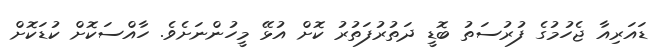
ޑައަރިއާ ޖެހުމުގެ ފުރުސަތު ބޮޑީ ދަތުރުފަތުރު ކޮށް އުޅޭ މީހުންނަށެވެ. ހާއްސަކޮށް ކުޑަކޮށް